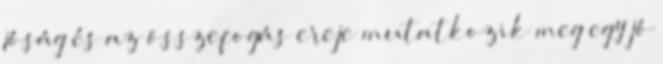
jóság és az összefogás ereje mutatkozik meg egy jó